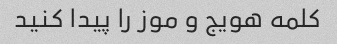
کلمه هویج و موز را پیدا کنید